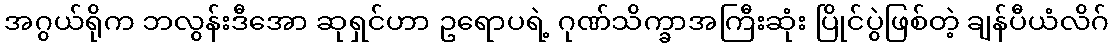
အဂွယ်ရိုက ဘလွန်းဒီအော ဆုရှင်ဟာ ဥရောပရဲ့ ဂုဏ်သိက္ခာအကြီးဆုံး ပြိုင်ပွဲဖြစ်တဲ့ ချန်ပီယံလိဂ်